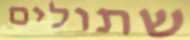
שתולים